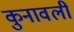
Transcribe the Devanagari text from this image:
कुनावली